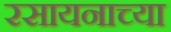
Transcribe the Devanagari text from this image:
रसायनाच्या